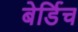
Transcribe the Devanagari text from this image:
बेर्डिच